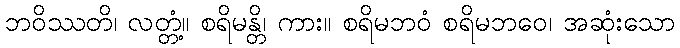
ဘဝိဿတိ၊ လတ္တံ့။ စရိမန္တိ၊ ကား။ စရိမဘဝံ စရိမဘဝေ၊ အဆုံးသော